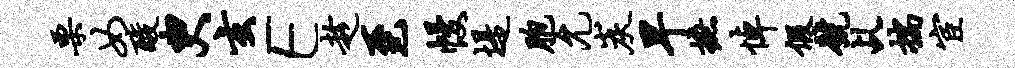
栗女酸臾玄E趁至幔堤胞允炭早摭悼假号乩揣宦